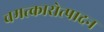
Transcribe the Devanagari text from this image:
चमत्कारोत्पादन